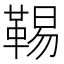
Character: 𩋌